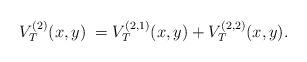
LaTeX: \begin{align*}V_T^{(2)}(x,y)\;=\;&V_T^{(2,1)}(x,y)+ V_T^{(2,2)}(x,y).\end{align*}